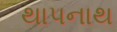
થાપનાથ